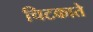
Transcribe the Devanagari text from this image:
चिटकाते